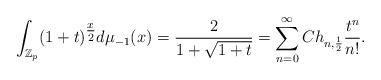
LaTeX: \begin{align*}\int_{\mathbb{Z}_p} (1+t)^{\tfrac{x}{2}} d\mu_{-1} (x) = \frac{2}{1+\sqrt{1+t}} = \sum_{n=0}^\infty Ch_{n,\frac{1}{2}} \frac{t^n}{n!}.\end{align*}